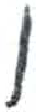
אות: ו